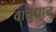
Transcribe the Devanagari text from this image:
वायुधान